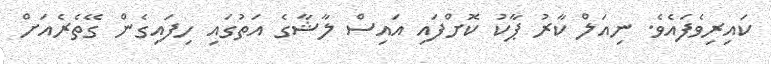
ކައިރިވެފައެވެ. ނިއަލް ކާރު ޕާކު ކޮށްފައި އައިސް ލާޝާގެ އަތުގައި ހިފައިގެން ގޭތެރެއަށް